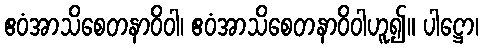
ဧဝံအာသိစေတနာဝိဝါ၊ ဧဝံအာသိစေတနာဝိဝါဟူ၍။ ပါဋ္ဌော၊